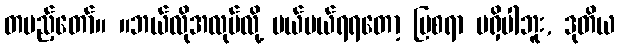
တပည့်တော်။ ။ဘယ်လိုအလုပ်လို့ မယ်မယ်ရရတော့ ပြစရာ မရှိပါဘူး, ဒုတိယ